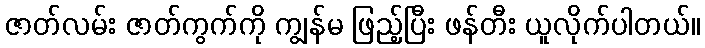
ဇာတ်လမ်း ဇာတ်ကွက်ကို ကျွန်မ ဖြည့်ပြီး ဖန်တီး ယူလိုက်ပါတယ်။